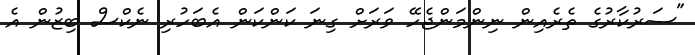
"ސަރުކާރުގެ ތެރެއިން ނިންމަންޖެހޭ ވަރަށް ގިނަ ކަންކަން އެބަހުރި ނެކްސް ބިޒުން އެ